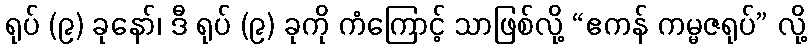
ရုပ် (၉) ခုနော်၊ ဒီ ရုပ် (၉) ခုကို ကံကြောင့် သာဖြစ်လို့ “ဧကန် ကမ္မဇရုပ်” လို့